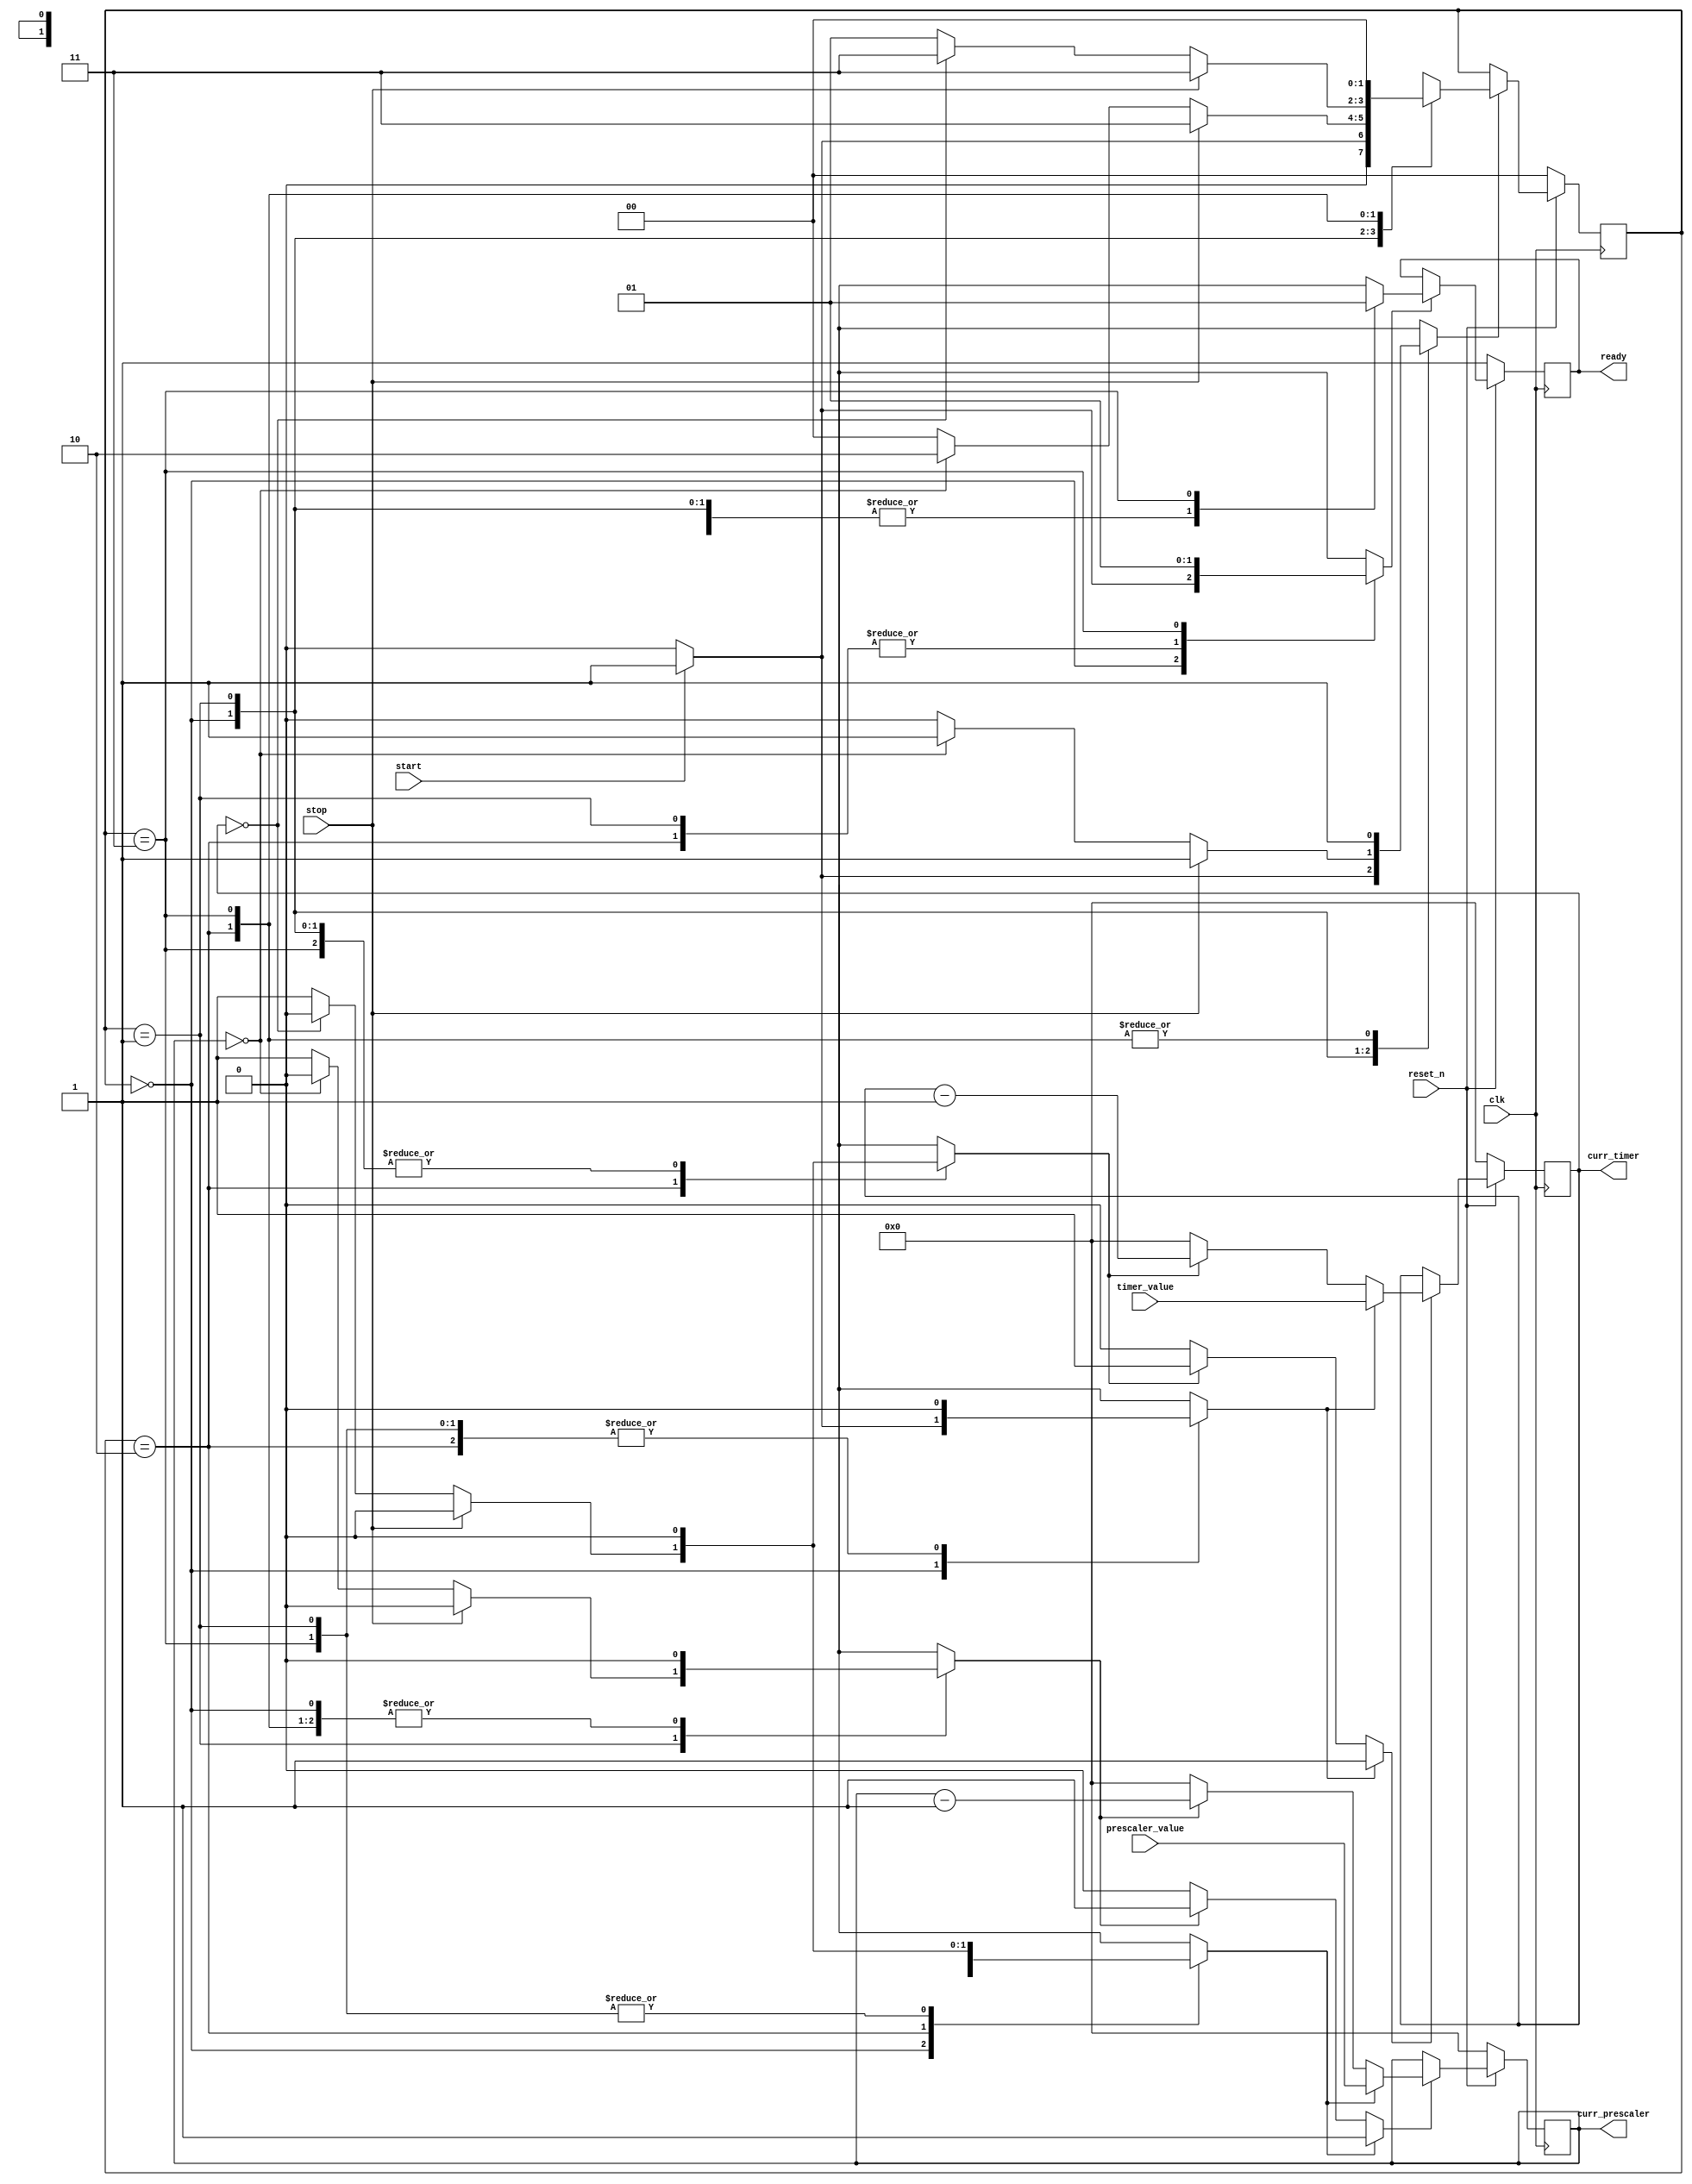
//======================================================================
//
// timer_core.v
// ------------
// timer core.
//
//
// Copyright (c) 2022, Assured AB
// All rights reserved.
//
// Redistribution and use in source and binary forms, with or
// without modification, are permitted provided that the following
// conditions are met:
//
// 1. Redistributions of source code must retain the above copyright
//    notice, this list of conditions and the following disclaimer.
//
// 2. Redistributions in binary form must reproduce the above copyright
//    notice, this list of conditions and the following disclaimer in
//    the documentation and/or other materials provided with the
//    distribution.
//
// THIS SOFTWARE IS PROVIDED BY THE COPYRIGHT HOLDERS AND CONTRIBUTORS
// "AS IS" AND ANY EXPRESS OR IMPLIED WARRANTIES, INCLUDING, BUT NOT
// LIMITED TO, THE IMPLIED WARRANTIES OF MERCHANTABILITY AND FITNESS
// FOR A PARTICULAR PURPOSE ARE DISCLAIMED. IN NO EVENT SHALL THE
// COPYRIGHT OWNER OR CONTRIBUTORS BE LIABLE FOR ANY DIRECT, INDIRECT,
// INCIDENTAL, SPECIAL, EXEMPLARY, OR CONSEQUENTIAL DAMAGES (INCLUDING,
// BUT NOT LIMITED TO, PROCUREMENT OF SUBSTITUTE GOODS OR SERVICES;
// LOSS OF USE, DATA, OR PROFITS; OR BUSINESS INTERRUPTION) HOWEVER
// CAUSED AND ON ANY THEORY OF LIABILITY, WHETHER IN CONTRACT,
// STRICT LIABILITY, OR TORT (INCLUDING NEGLIGENCE OR OTHERWISE)
// ARISING IN ANY WAY OUT OF THE USE OF THIS SOFTWARE, EVEN IF
// ADVISED OF THE POSSIBILITY OF SUCH DAMAGE.
//
//======================================================================

`default_nettype none

module timer_core(
                  input wire           clk,
                  input wire           reset_n,

                  input wire [31 : 0]  prescaler_value,
                  input wire [31 : 0]  timer_value,
                  input wire           start,
                  input wire           stop,

                  output wire [31 : 0] curr_prescaler,
                  output wire [31 : 0] curr_timer,

                  output wire          ready
                  );


  //----------------------------------------------------------------
  // Internal constant and parameter definitions.
  //----------------------------------------------------------------
  localparam CTRL_IDLE      = 2'h0;
  localparam CTRL_PRESCALER = 2'h1;
  localparam CTRL_TIMER     = 2'h2;
  localparam CTRL_DONE      = 2'h3;


  //----------------------------------------------------------------
  // Registers including update variables and write enable.
  //----------------------------------------------------------------
  reg          ready_reg;
  reg          ready_new;
  reg          ready_we;

  reg [31 : 0] prescaler_reg;
  reg [31 : 0] prescaler_new;
  reg          prescaler_we;
  reg          prescaler_set;
  reg          prescaler_dec;

  reg [31 : 0] timer_reg;
  reg [31 : 0] timer_new;
  reg          timer_we;
  reg          timer_set;
  reg          timer_dec;

  reg [1 : 0]  core_ctrl_reg;
  reg [1 : 0]  core_ctrl_new;
  reg          core_ctrl_we;


  //----------------------------------------------------------------
  // Concurrent connectivity for ports etc.
  //----------------------------------------------------------------
  assign curr_prescaler = prescaler_reg;
  assign curr_timer     = timer_reg;
  assign ready  = ready_reg;


  //----------------------------------------------------------------
  // reg_update
  //----------------------------------------------------------------
  always @ (posedge clk)
    begin: reg_update
      if (!reset_n)
        begin
          ready_reg     <= 1'h1;
	  prescaler_reg <= 32'h0;
	  timer_reg     <= 32'h0;
          core_ctrl_reg <= CTRL_IDLE;
        end
      else
        begin
          if (ready_we) begin
            ready_reg <= ready_new;
	  end

	  if (prescaler_we) begin
	    prescaler_reg <= prescaler_new;
	  end

	  if (timer_we) begin
	    timer_reg <= timer_new;
	  end

          if (core_ctrl_we) begin
            core_ctrl_reg <= core_ctrl_new;
          end
	end
    end // reg_update


  //----------------------------------------------------------------
  // prescaler_ctr
  //----------------------------------------------------------------
  always @*
    begin : prescaler_ctr
      prescaler_new = 32'h0;
      prescaler_we  = 1'h0;

      if (prescaler_set) begin
	prescaler_new = prescaler_value;
	prescaler_we  = 1'h1;
      end
      else if (prescaler_dec) begin
	prescaler_new = prescaler_reg - 1'h1;
	prescaler_we  = 1'h1;
      end
    end


  //----------------------------------------------------------------
  // timer_ctr
  //----------------------------------------------------------------
  always @*
    begin : timer_ctr
      timer_new = 32'h0;
      timer_we  = 1'h0;

      if (timer_set) begin
	timer_new = timer_value;
	timer_we  = 1'h1;
      end
      else if (timer_dec) begin
	timer_new = timer_reg - 1'h1;
	timer_we  = 1'h1;
      end
    end


  //----------------------------------------------------------------
  // Core control FSM.
  //----------------------------------------------------------------
  always @*
    begin : core_ctrl
      ready_new     = 1'h0;
      ready_we      = 1'h0;
      prescaler_set = 1'h0;
      prescaler_dec = 1'h0;
      timer_set     = 1'h0;
      timer_dec     = 1'h0;
      core_ctrl_new = CTRL_IDLE;
      core_ctrl_we  = 1'h0;

      case (core_ctrl_reg)
        CTRL_IDLE: begin
          if (start)
            begin
              ready_new     = 1'h0;
              ready_we      = 1'h1;
	      prescaler_set = 1'h1;
	      timer_set     = 1'h1;
              core_ctrl_new = CTRL_PRESCALER;
              core_ctrl_we  = 1'h1;
            end
        end


	CTRL_PRESCALER: begin
	  if (stop) begin
            core_ctrl_new = CTRL_DONE;
            core_ctrl_we  = 1'h1;
	  end
	  else begin
	    if (prescaler_reg == 0) begin
              core_ctrl_new = CTRL_TIMER;
              core_ctrl_we  = 1'h1;
	    end
	    else begin
	      prescaler_dec = 1'h1;
	    end
	  end
	end


	CTRL_TIMER: begin
	  if (stop) begin
            core_ctrl_new = CTRL_DONE;
            core_ctrl_we  = 1'h1;
	  end
	  else begin
	    if (timer_reg == 0) begin
              core_ctrl_new = CTRL_DONE;
              core_ctrl_we  = 1'h1;
	    end
	    else begin
	      prescaler_set = 1'h1;
	      timer_dec     = 1'h1;
              core_ctrl_new = CTRL_PRESCALER;
              core_ctrl_we  = 1'h1;
	    end
	  end
	end


        CTRL_DONE: begin
          ready_new     = 1'h1;
          ready_we      = 1'h1;
          core_ctrl_new = CTRL_IDLE;
          core_ctrl_we  = 1'h1;
        end

        default: begin
        end
      endcase // case (core_ctrl_reg)
    end // core_ctrl

endmodule // timer_core

//======================================================================
// EOF timer_core.v
//======================================================================